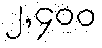
၂,၄၀၀